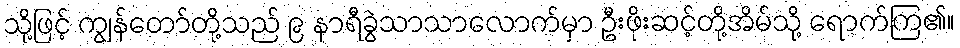
သို့ဖြင့် ကျွန်တော်တို့သည် ၉ နာရီခွဲသာသာလောက်မှာ ဦးဖိုးဆင့်တို့အိမ်သို့ ရောက်ကြ၏။